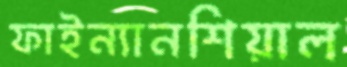
ফাইন্যানশিয়াল